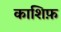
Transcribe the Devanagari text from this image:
काशिफ़